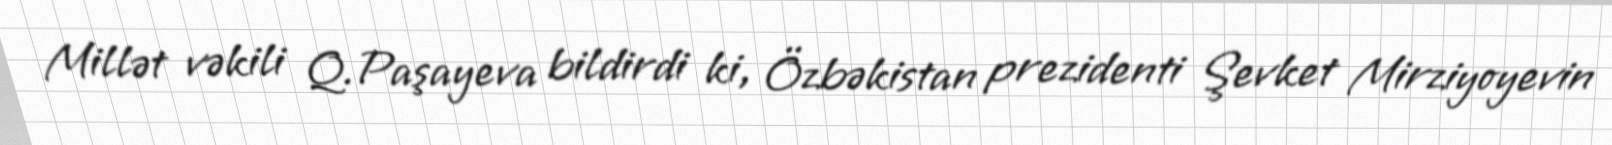
Millət vəkili Q.Paşayeva bildirdi ki, Özbəkistan prezidenti Şevket Mirziyoyevin